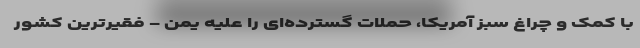
با کمک و چراغ سبز آمریکا، حملات گسترده‌ای را علیه یمن - فقیرترین کشور